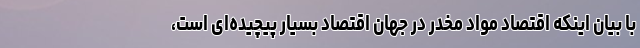
با بیان اینکه اقتصاد مواد مخدر در جهان اقتصاد بسیار پیچیده‌ای است،